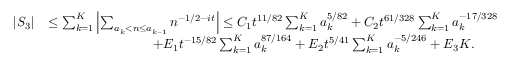
\begin{array} { r l } { | S _ { 3 } | } & { \le \sum _ { k = 1 } ^ { K } \left| \sum _ { a _ { k } < n \le a _ { k - 1 } } n ^ { - 1 / 2 - i t } \right| \le C _ { 1 } t ^ { 1 1 / 8 2 } \sum _ { k = 1 } ^ { K } a _ { k } ^ { 5 / 8 2 } + C _ { 2 } t ^ { 6 1 / 3 2 8 } \sum _ { k = 1 } ^ { K } a _ { k } ^ { - 1 7 / 3 2 8 } } \\ & { \qquad \qquad \qquad \qquad + E _ { 1 } t ^ { - 1 5 / 8 2 } \sum _ { k = 1 } ^ { K } a _ { k } ^ { 8 7 / 1 6 4 } + E _ { 2 } t ^ { 5 / 4 1 } \sum _ { k = 1 } ^ { K } a _ { k } ^ { - 5 / 2 4 6 } + E _ { 3 } K . } \end{array}